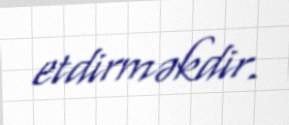
etdirməkdir.